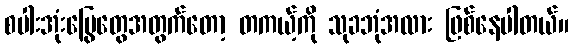
စပါးအုံးမြွေတွေအတွက်တော့ တကယ့်ကို သုခဘုံအလား ဖြစ်နေပါတယ်။